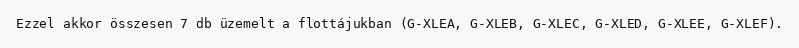
Ezzel akkor összesen 7 db üzemelt a flottájukban (G-XLEA, G-XLEB, G-XLEC, G-XLED, G-XLEE, G-XLEF).